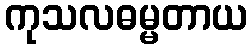
ကုသလဓမ္မတာယ